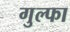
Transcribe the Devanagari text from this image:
गुल्फा